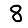
Digit: 8